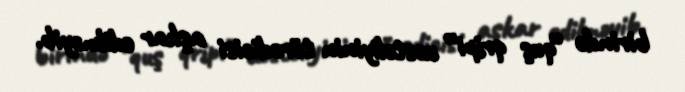
birində “quş qripi” xəstəliyinin törədicisi aşkar edilməyib.